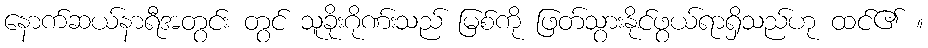
နောက်ဆယ်နာရီအတွင်း တွင် သူခိုးဂိုဏ်းသည် မြစ်ကို ဖြတ်သွားနိုင်ဖွယ်ရာရှိသည်ဟု ထင်၏ ။